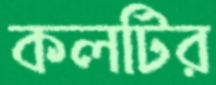
কলটির